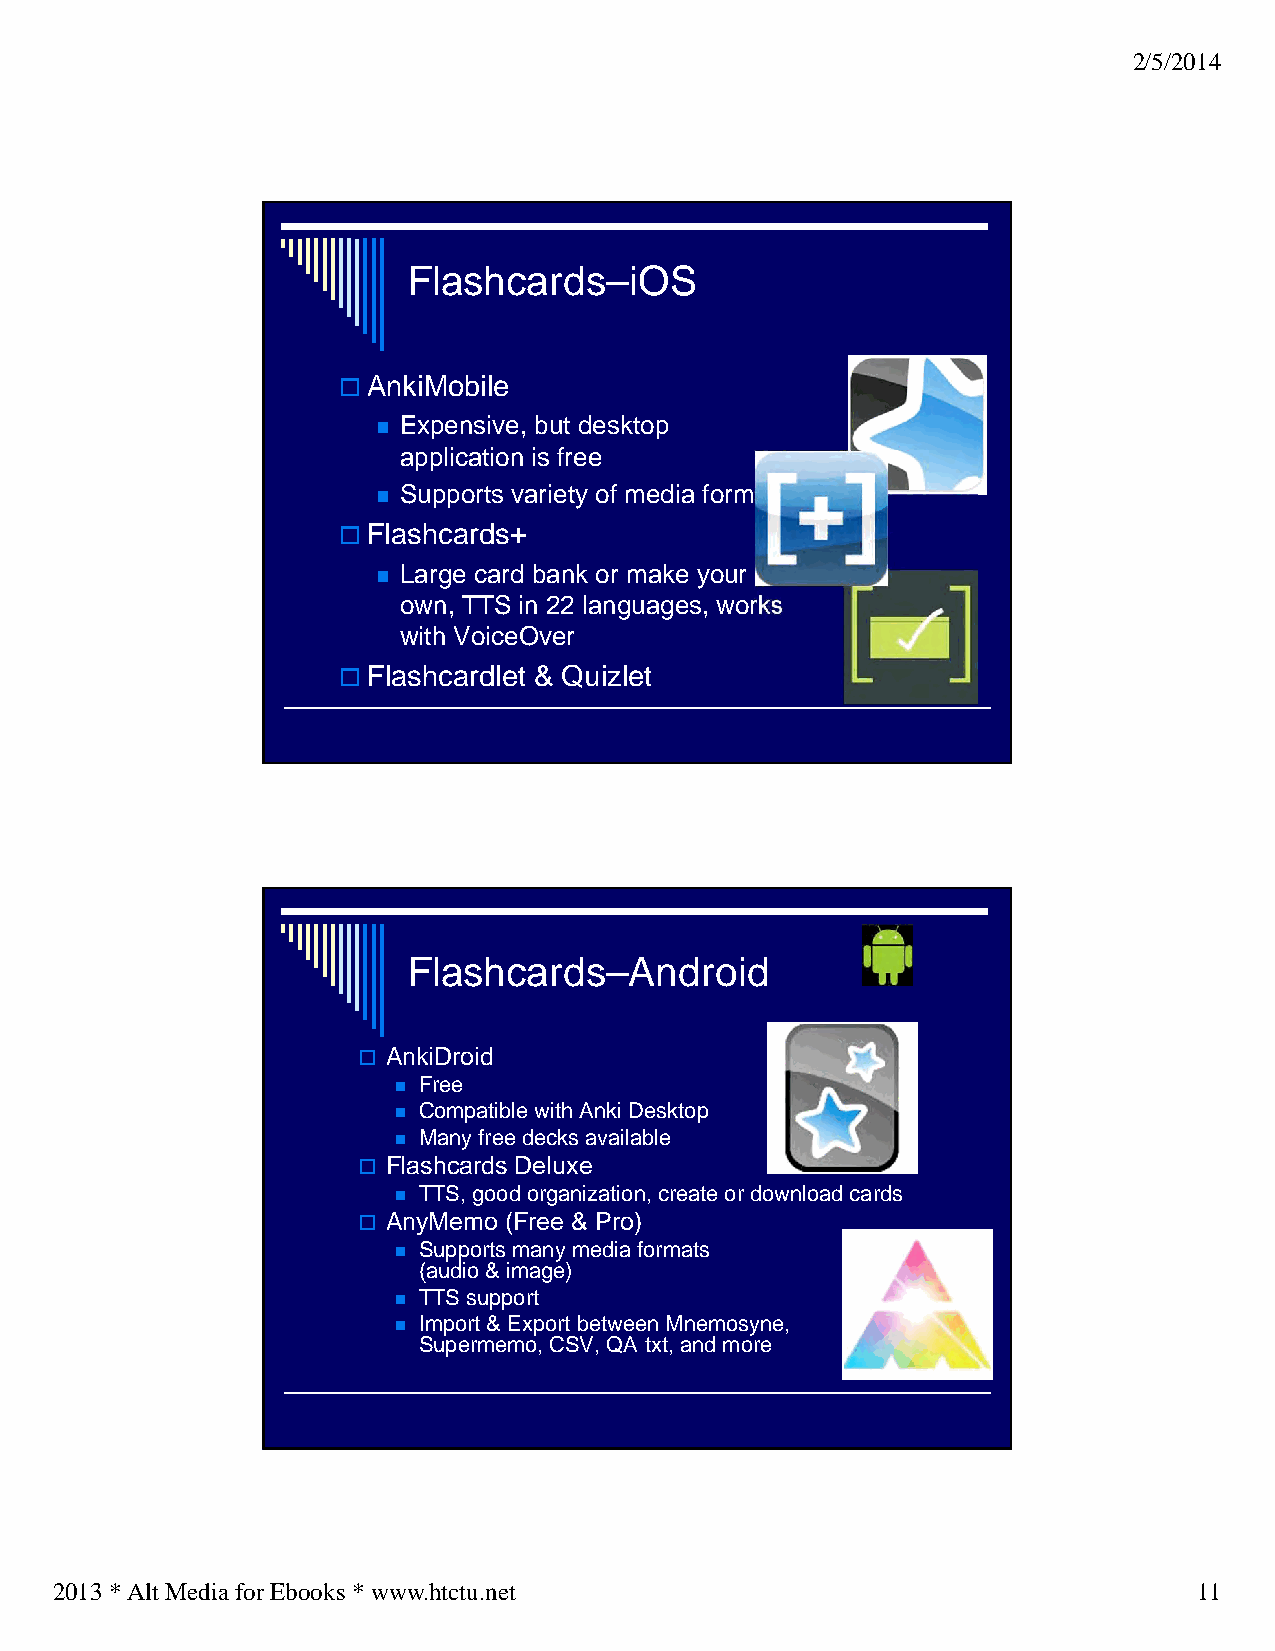
2/5/2014
 Flashcards–iOS
 AnkiMobile
  Expensive, but desktop
 application is free
  Supports variety of media formats
 Flashcards+
  Large card bank or make your
 own, TTS in 22 languages, works
 with VoiceOver
 Flashcardlet & Quizlet
 Flashcards–Android
  AnkiDroid
  Free
  Compatible with Anki Desktop
  Many free decks available
  Flashcards Deluxe
  TTS, good organization, create or download cards
  AnyMemo (Free & Pro)
  Supports many media formats
 (audio & image)
  TTS support
  Import & Export between Mnemosyne,
 Supermemo, CSV, QA txt, and more
 2013 * Alt Media for Ebooks * www.htctu.net                                11